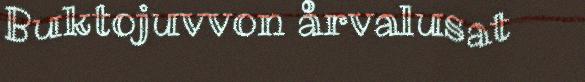
Buktojuvvon årvalusat